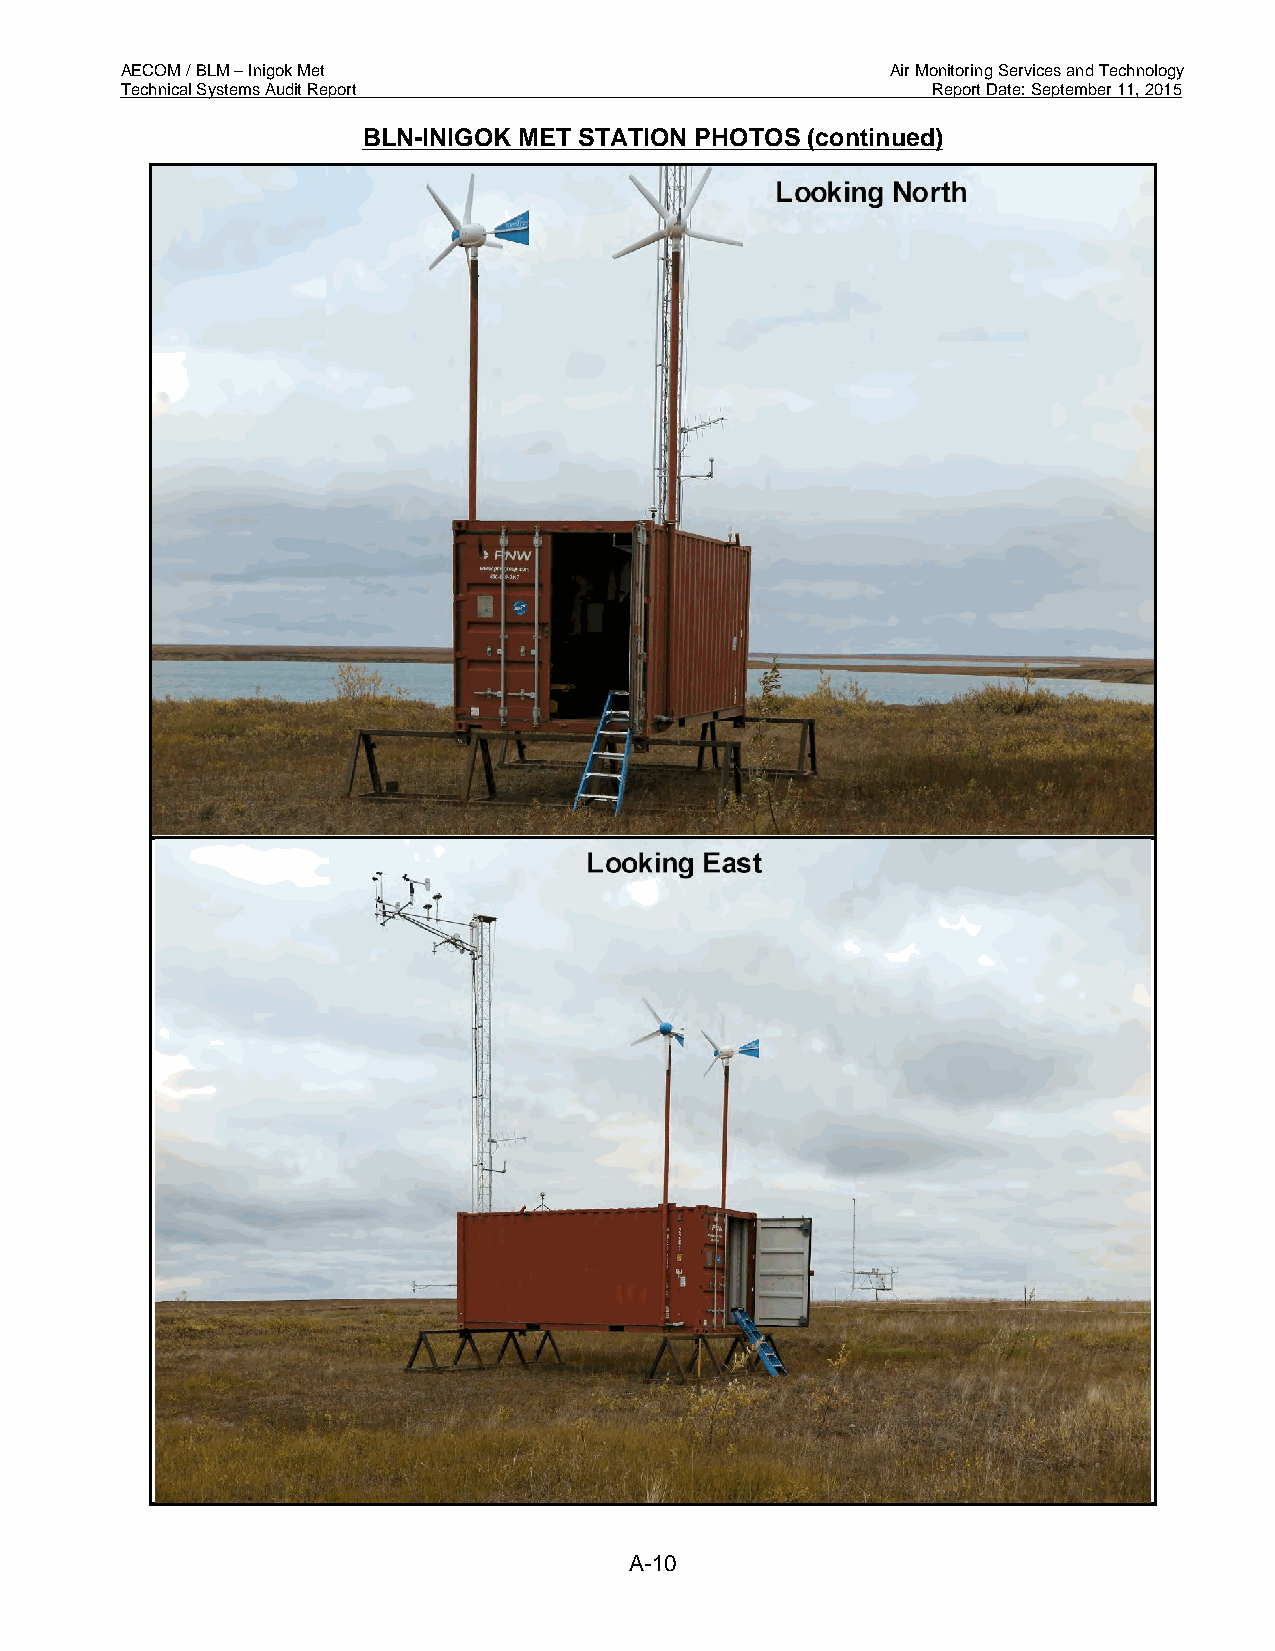
AECOM / BLM – Inigok Met                           Air Monitoring Services and Technology
 Technical Systems Audit Report                        Report Date: September 11, 2015
 BLN-INIGOK MET STATION PHOTOS (continued)
 A-10